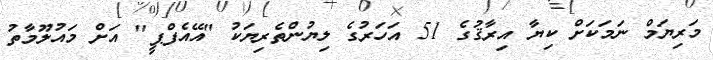
މަރިޔަމް ނަމަކަށް ކިޔާ އިރާޤުގެ 51 އަހަރުގެ ލިޔުންތެރިޔަކު "އޭއެފްޕީ" އަށް މައުލޫމާތު